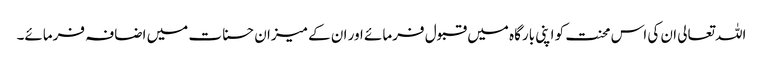
اللہ تعالی ان کی اس محنت کو اپنی بارگاہ میں قبول فرمائے اور ان کے میزان حسنات میں اضافہ فرمائے۔